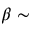
\beta \sim